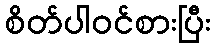
စိတ်ပါဝင်စားပြီး